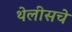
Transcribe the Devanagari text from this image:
थेलीसचे